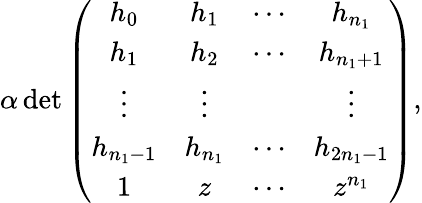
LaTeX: \begin{array}{r}{\alpha\operatorname*{det}\left(\begin{array}{cccc}{h_{0}}&{h_{1}}&{\cdots}&{h_{n_{1}}}\\ {h_{1}}&{h_{2}}&{\cdots}&{h_{n_{1}+1}}\\ {\vdots}&{\vdots}&{}&{\vdots}\\ {h_{n_{1}-1}}&{h_{n_{1}}}&{\cdots}&{h_{2n_{1}-1}}\\ {1}&{z}&{\cdots}&{z^{n_{1}}}\end{array}\right),}\end{array}